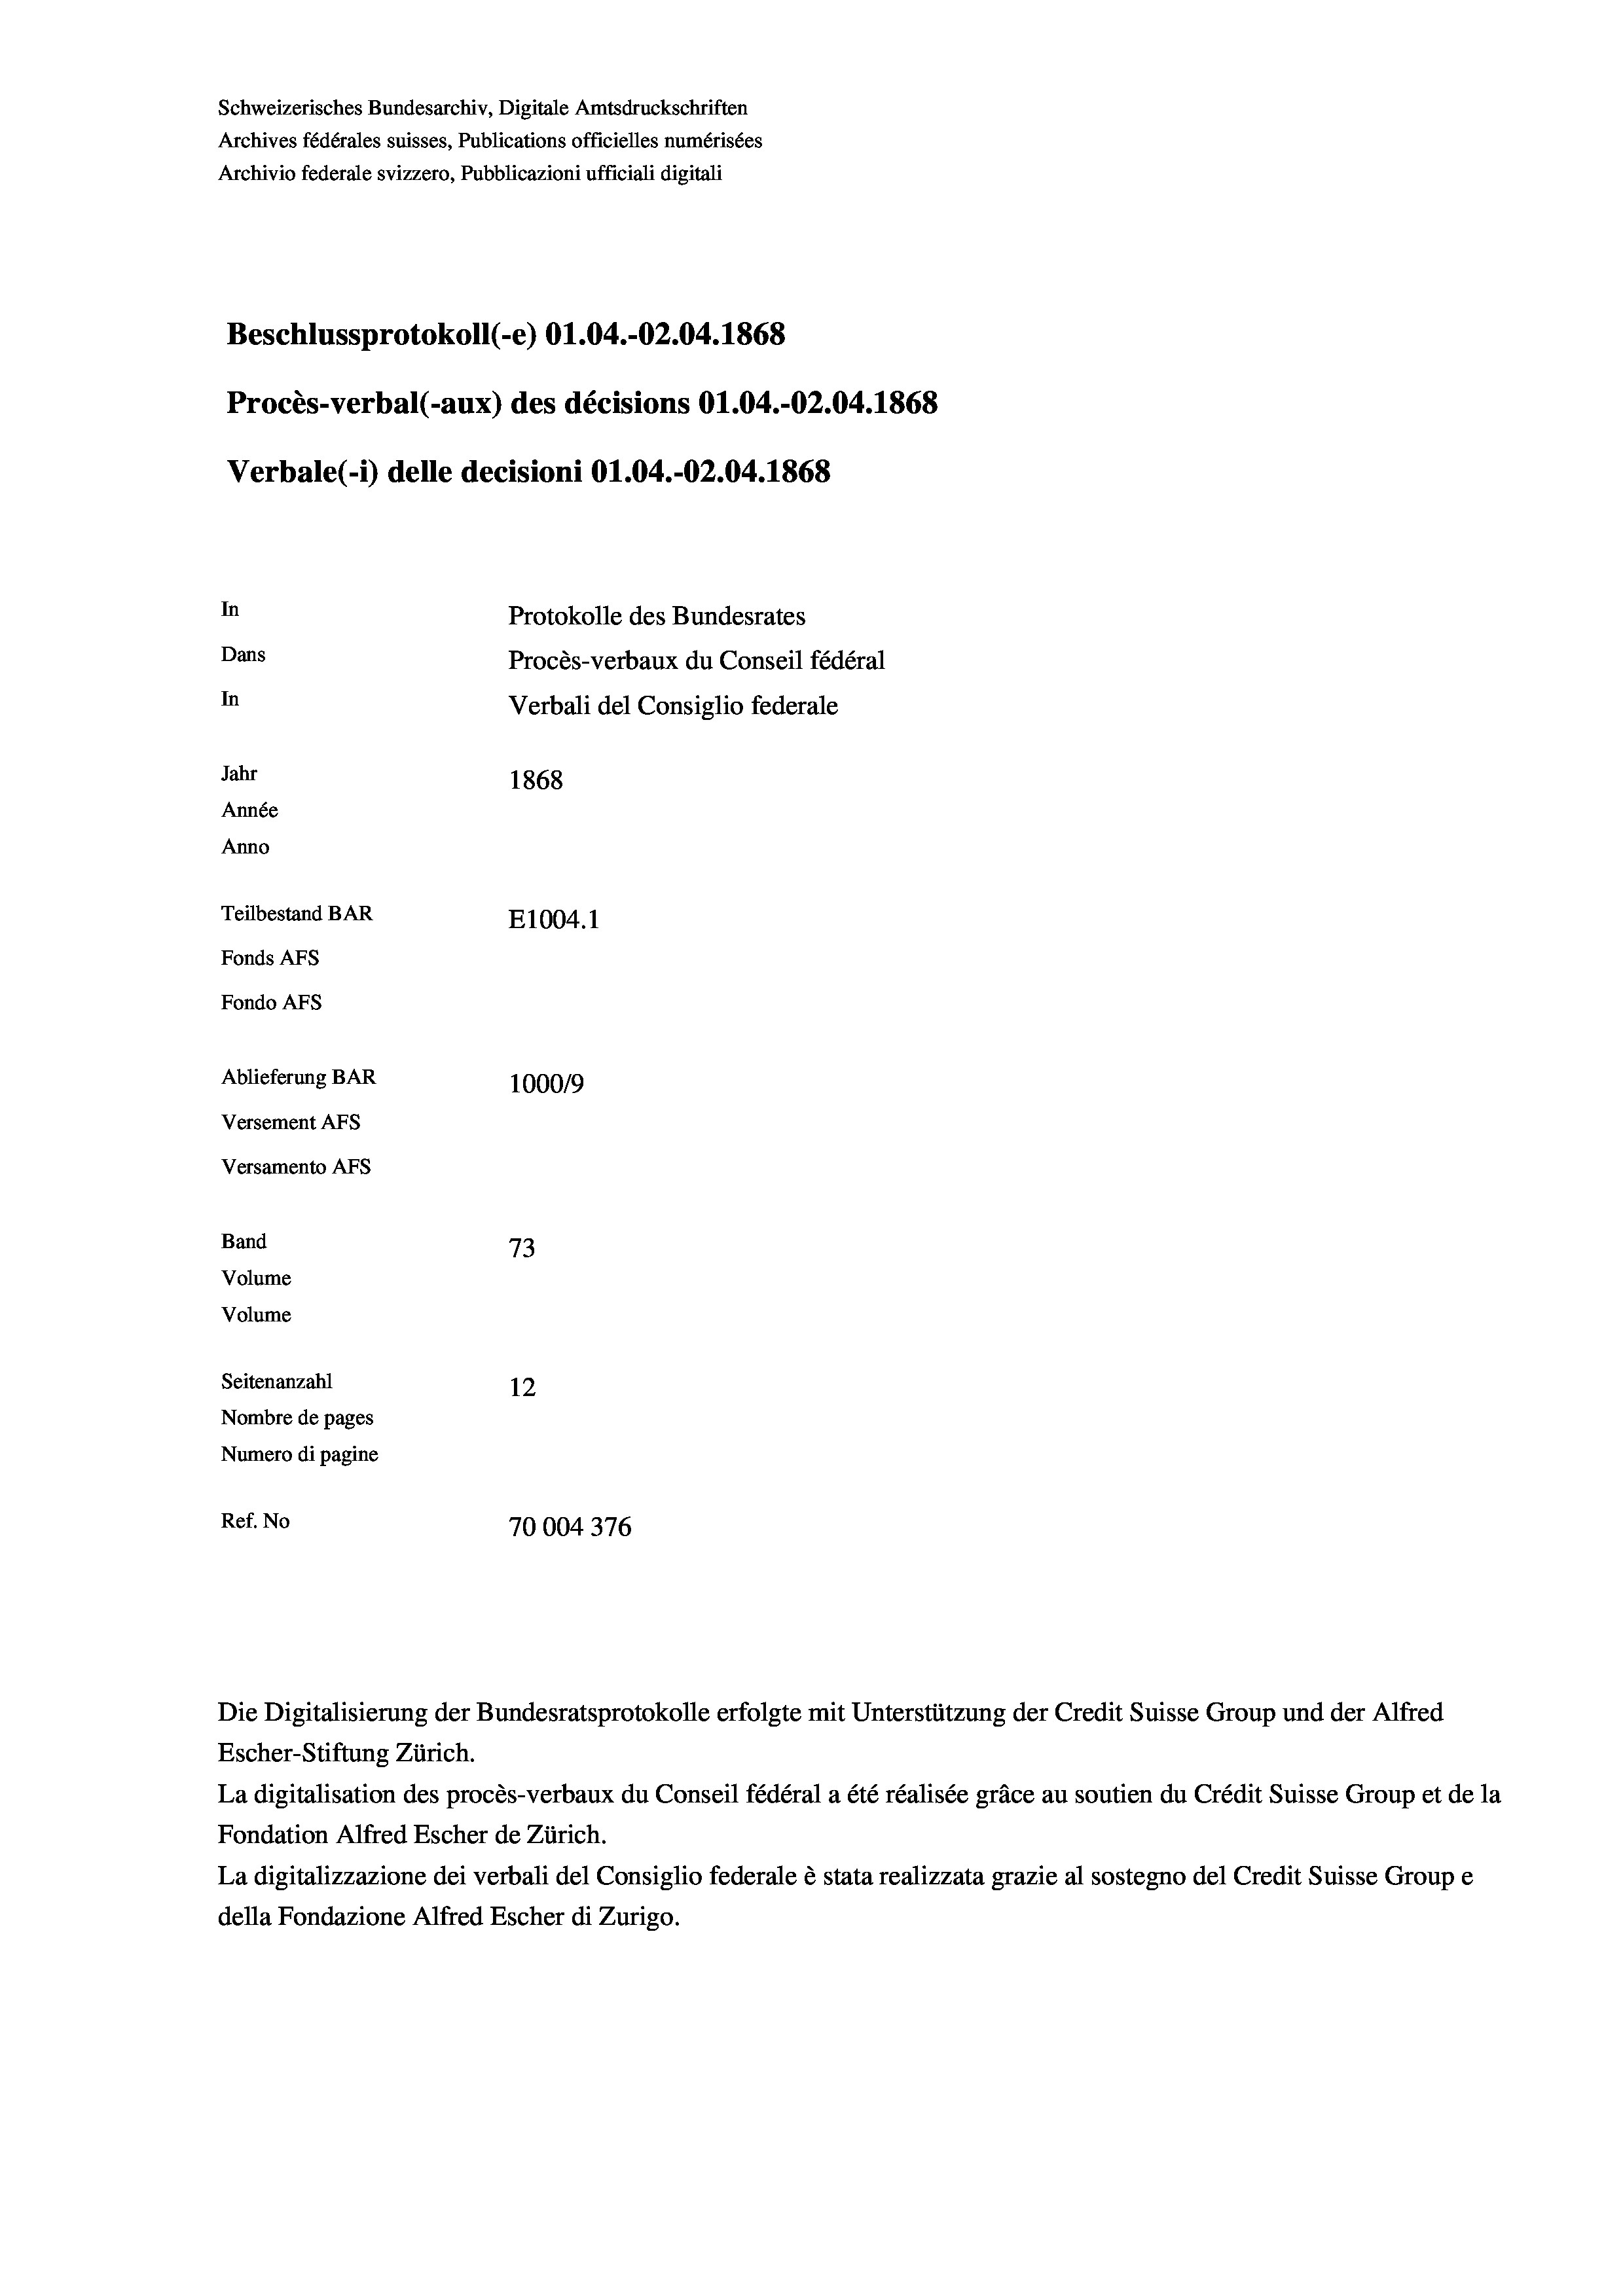
Schweizerisches Bundesarchiv, Digitale Amtsdruckschriften
Archives fédérales suisses, Publications officielles numérisées
Archivio federale svizzero, Pubblicazioni ufficiali digitali
Beschlussprotokoll (-e) 01.04.-O2.04. 1868
Procès-verbal (-aux) des décisions O1.04.-O2.04. 1868
Verbale (i) delle decisioni O1.04.-O2.04. 1868
In
Protokolle des Bundesrates
Dans
Procès-verbaux du Conseil fédéral
In
Verbali del Consiglio federale
Jahr
1868
Année
Anno
Teilbestand BAR
E1004.1
Fonds AFs
Fondo Afs
Ablieferung BAR
100019
Versement AFs
Versamento AFs
Band
73
Volume
Volume
Seitenanzahl
12
Nombre de pages
Numero di pagine
Ref. No
70004 376

Escher-Stiftung Zürich.
La digitalisation des procès-verbaux du Conseil fédéral a été réalisée gräce au soutien du Crédit Suisse Group et de la
Fondation Alfred Escher de Zürich.
La digitalizzazione dei verbali del Consiglio federale è stata realizzata grazie al sostegno del Credit Suisse Groupe
della Fondazione Alfred Escher di Zurigo.

Die Digitalisierung der Bundesratsprotokolle erfolgte mit Unterstützung der Credit Suisse Group und der Alfred